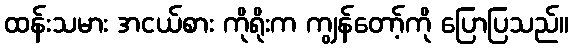
ထန်းသမား အငယ်စား ကိုရိုးက ကျွန်တော့်ကို ပြောပြသည်။